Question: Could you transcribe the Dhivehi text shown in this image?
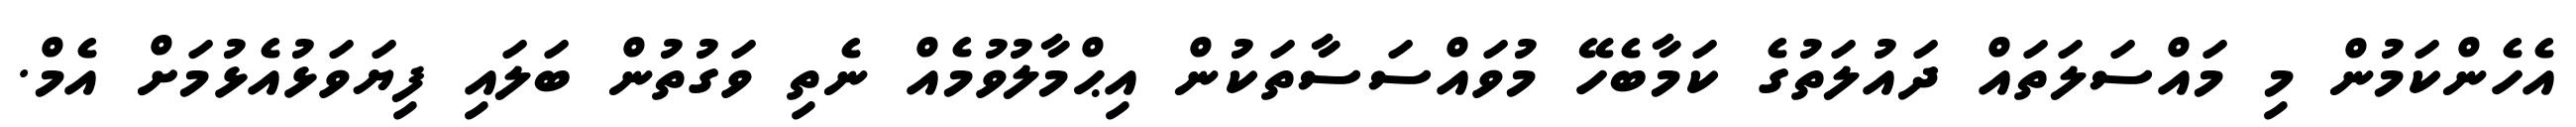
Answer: އެހެންކަމުން މި މައްސަލަތައް ދައުލަތުގެ ކަމާބެހޭ މުވައްސަސާތަކުން އިޙްމާލުވުމެއް ނެތި ވަގުތުން ބަލައި ފިޔަވަޅުއެޅުމަށް އެމް.